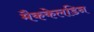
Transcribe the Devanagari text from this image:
मैककेलडिन